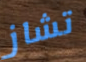
تشاز